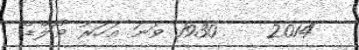
2014    1930 ވަނަ އަހަރު ވޯލްޑް